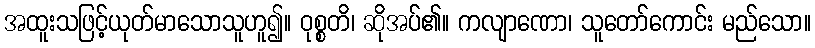
အထူးသဖြင့်ယုတ်မာသောသူဟူ၍။ ဝုစ္စတိ၊ ဆိုအပ်၏။ ကလျာဏော၊ သူတော်ကောင်း မည်သော။